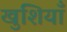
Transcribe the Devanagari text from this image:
खुशियॉँ